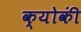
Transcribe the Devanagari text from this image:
क्योकीं